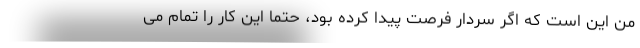
من این است که اگر سردار فرصت پیدا کرده بود، حتما این کار را تمام می